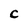
Character: c